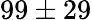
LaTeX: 99\pm 29